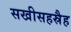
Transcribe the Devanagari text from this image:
सखीसहस्रैह